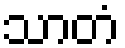
သာတံ